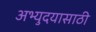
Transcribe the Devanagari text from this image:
अभ्युदयासाठी